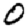
Digit: 0